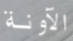
الآونة